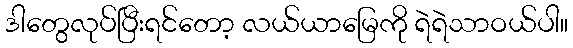
ဒါတွေလုပ်ပြီးရင်တော့ လယ်ယာမြေကို ရဲရဲသာဝယ်ပါ။